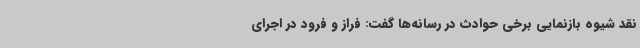
نقد شیوه بازنمایی برخی حوادث در رسانه‌ها گفت: فراز و فرود در اجرای